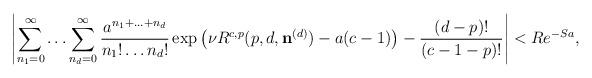
LaTeX: \begin{align*} \left\vert \sum_{n_{1}=0}^{\infty} \ldots \sum_{n_{d}=0}^{\infty} \frac{a^{n_{1}+\ldots + n_{d}}}{n_{1}! \ldots n_{d}!} \exp \left( \nu R^{c,p}(p,d,\mathbf{n}^{(d)}) - a(c-1) \right) - \frac{(d-p)!}{(c-1-p)!} \right\vert <R e^{-Sa}, \end{align*}